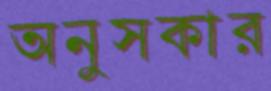
অনুসকার